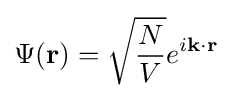
\Psi (\mathbf {r} )={\sqrt {\frac {N}{V}}}e^{i\mathbf {k} \cdot \mathbf {r} }